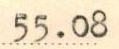
55.08